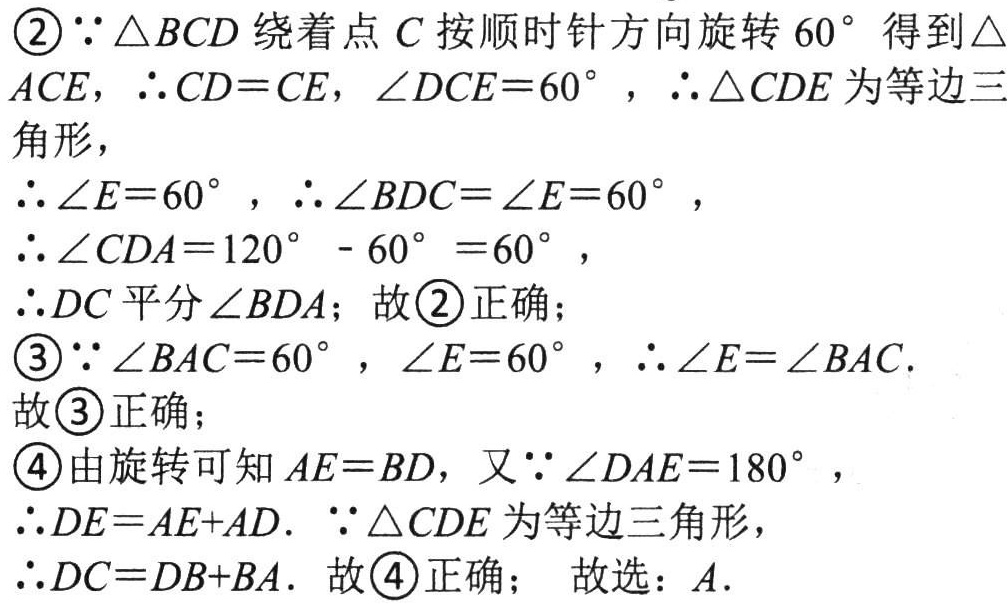
\textcircled{2}\(\because\triangle BCD\)绕着点\(C\)按顺时针方向旋转\(60^{\circ}\)得到\(\triangle ACE\)，\(\therefore CD = CE\)，\(\angle DCE = 60^{\circ}\)，\(\therefore\triangle CDE\)为等边三角形，
\(\therefore\angle E = 60^{\circ}\)，\(\therefore\angle BDC=\angle E = 60^{\circ}\)，
\(\therefore\angle CDA = 120^{\circ}-60^{\circ}=60^{\circ}\)，
\(\therefore DC\)平分\(\angle BDA\)；故\textcircled{2}正确；
\textcircled{3}\(\because\angle BAC = 60^{\circ}\)，\(\angle E = 60^{\circ}\)，\(\therefore\angle E=\angle BAC\).
故\textcircled{3}正确；
\textcircled{4}由旋转可知\(AE = BD\)，又\(\because\angle DAE = 180^{\circ}\)，
\(\therefore DE=AE + AD\). \(\because\triangle CDE\)为等边三角形，
\(\therefore DC=DB + BA\). 故\textcircled{4}正确； 故选：\(A\).